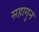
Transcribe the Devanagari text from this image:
सहागुन